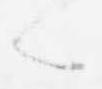
々